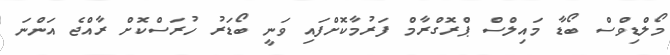
މޯލްޑިވްސް ބޯޑާ މައިލްސް ޕްރޮގްރާމް ފަރުމާކޮށްފައި ވަނީ ބޯޑަރު ހުރަސްކޮށް ރާއްޖެ އަންނަ